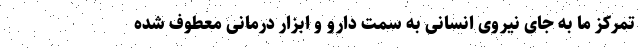
تمرکز ما به جای نیروی انسانی به سمت دارو و ابزار درمانی معطوف شده